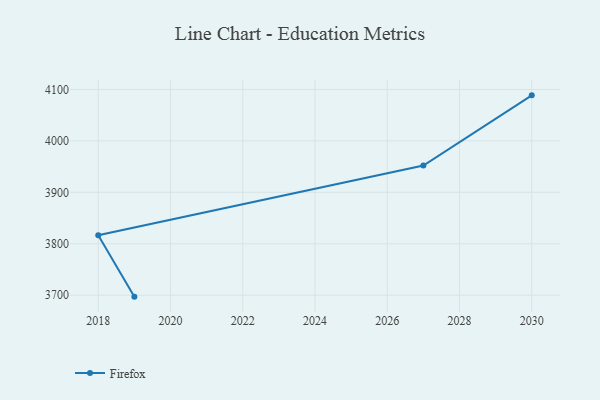
{"axis": {"x": "Year", "y": "Operating Costs (USD K)"}, "legend": ["Firefox"], "data": [{"x": "2030", "y": 4088.5, "type": "Firefox"}, {"x": "2027", "y": 3952.0, "type": "Firefox"}, {"x": "2018", "y": 3816.5, "type": "Firefox"}, {"x": "2019", "y": 3697.1, "type": "Firefox"}]}